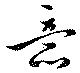
意